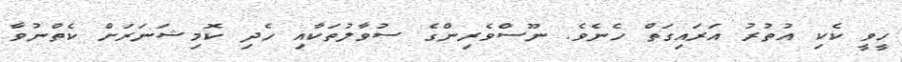
ހީވީ ކެކި އުތުރު އަރައިގަތް ހެނެވެ. ނޫސްވެރިންގެ ސުވާލުތަކާއި ހެދި ކޮމިޝަނަރަށް ކެތްނުވާ